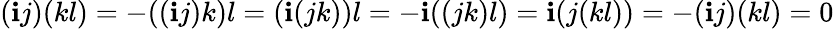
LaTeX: (\mathbf{i}j)(kl)=-((\mathbf{i}j)k)l=(\mathbf{i}(jk))l=-\mathbf{i}((jk)l)=\mathbf{i}(j(kl))=-(\mathbf{i}j)(kl)=0